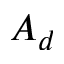
A _ { d }